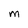
Character: M